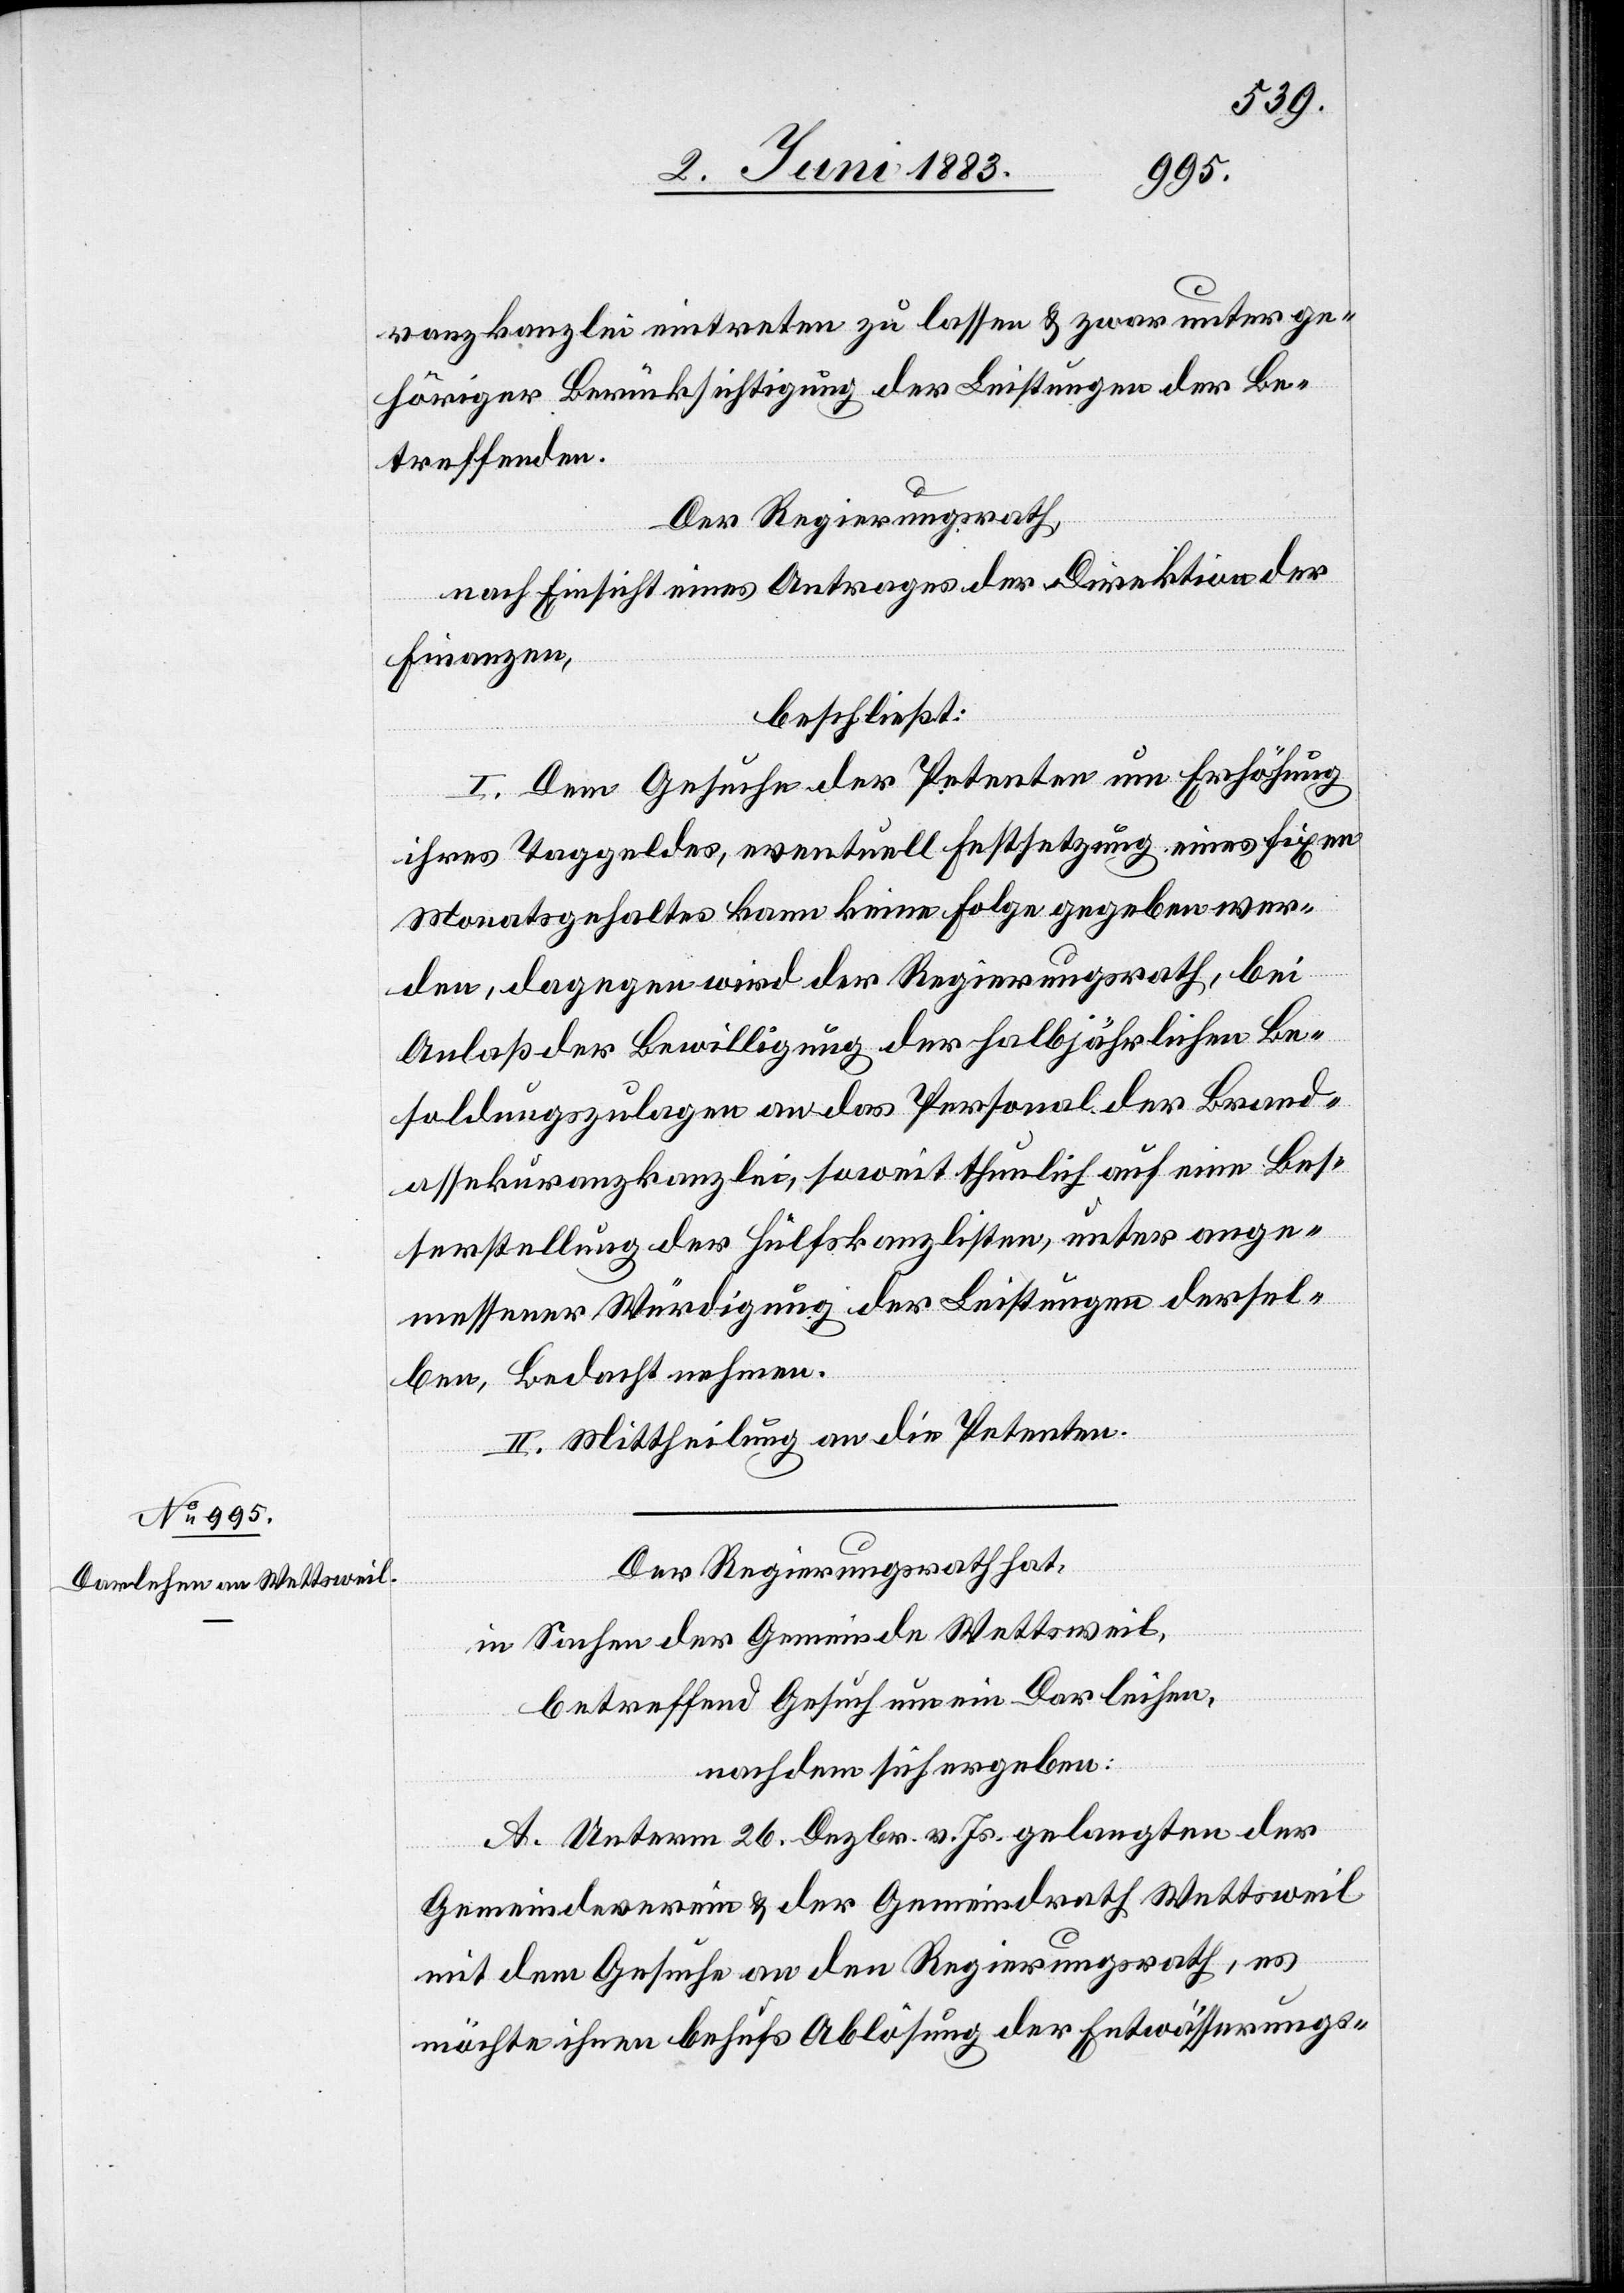
ranzkanzlei eintreten zu lassen & zwar unter ge¬
höriger Berücksichtigung der Leistungen der Be¬
treffenden.
Der Regierungsrath,
nach Einsicht eines Antrages der Direktion der
Finanzen,
beschließt:
I. Dem Gesuche der Petenten um Erhöhung
ihres Taggeldes, eventuell Festsetzung eines fixen
Monatsgehaltes kann keine Folge gegeben wer¬
den, dagegen wird der Regierungsrath, bei
Anlaß der Bewilligung der halbjährlichen Be¬
soldungszulagen an das Personal der Brand¬
assekuranzkanzlei, soweit thunlich auf eine Bes¬
serstellung der Hilfskanzlisten, unter ange¬
messener Würdigung der Leistungen dersel¬
ben, Bedacht nehmen.
II. Mittheilung an die Petenten.
Der Regierungsrath hat,
in Sachen der Gemeinde Wettsweil,
betreffend Gesuch um ein Darleihen,
nachdem sich ergeben:
A. Unterm 26. Dezbr. v. Js. gelangten der
Gemeindeverein & der Gemeindrath Wettsweil
mit dem Gesuche an den Regierungsrath, es
möchte ihnen behufs Ablösung der Entwässerungs-